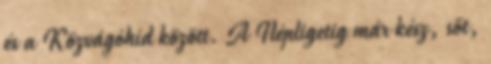
és a Közvágóhíd között. A Népligetig már kész, sőt,